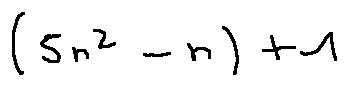
( 5 n ^ { 2 } - n ) + 1